Leaving Certificate, 1901
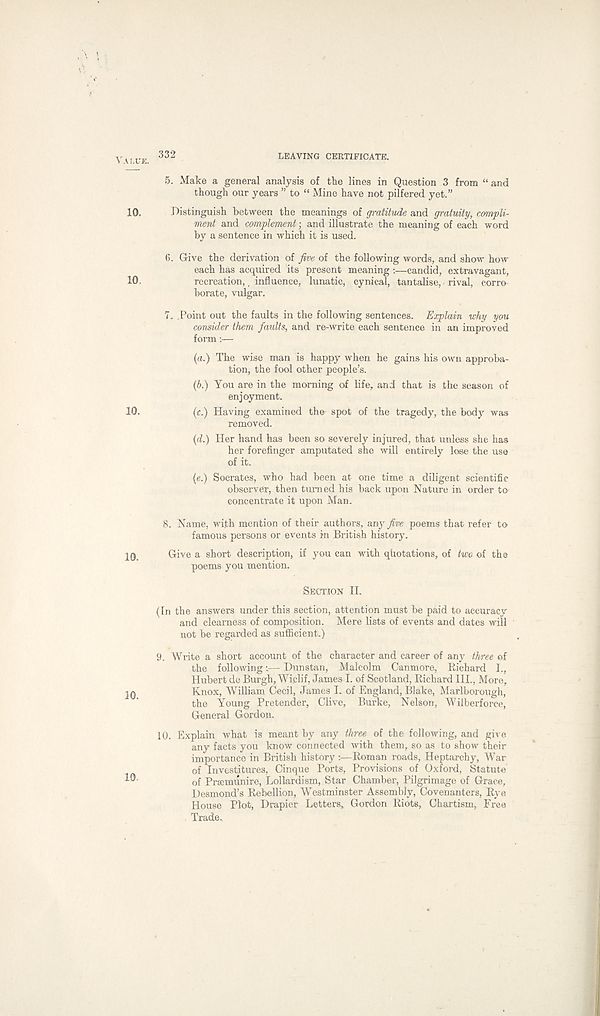
VA !;UE.
10.
10.
10,
10,
10.
10.
332
LEAVING CERTIFICATE.
5. Make a general analysis of the lines in Question 3 from “ and
though our years ” to “ Mine have not pilfered yet.”
Distinguish between the meanings of gratitude and gratuity, compli-
ment and complement; and illustrate the meaning of each word
by a sentence in which it is used.
6. (live the derivation of five of the following words, and show how
each has acquired its present meaning :—candid, extravagant,
recreation,, influence, lunatic, cynical, tantalise, rival, corro
borate, vulgar.
7. .Point out the faults in the following sentences. Explain why you
consider them faults, and re-write each sentence in an improved
form:—
{a.) The wise man is happy when he gains his own approba-
tion, the fool other people’s.
{b.) You are in the morning of life, and that is the season of
enjoyment.
(c.) Having examined the spot of the tragedy, the body was
removed.
(d.) Her hand has been so severely injured, that unless she has
her forefinger amputated she will entirely lose the use
of it.
(e.) Socrates, who had been at one time a diligent scientific
observer, then turned his back upon Nature in order to
concentrate it upon Man.
8. Name, with mention of their authors, any five poems that refer to
famous persons or events in British history.
Give a short description, if you can with quotations, of two of the
poems you mention.
SECTION II.
(In the answers under this section, attention must be paid to accuracy
and clearness of composition. Mere lists of events and dates will
not be regarded as sufficient.)
9. Write a short account of the character and career of any three of
the following-.— Dunstan, Malcolm Canmore, Richard I.,
Hubert de Burgh, Wi.clif, James I. of Scotland, Bichard III., More,
Knox, William Cecil, James I. of England, Blake, Marlborough,
the Young Pretender, Clive, Burke, Nelson, Wiiberforce,
General Gordon.
10. Explain what is meant by any three of the following, and give
any facts you know connected with them, so as to show their
importance in British history :—Roman roads, Heptarchy, War
of Investitures, Cinque Ports, Provisions of Oxford, Statute
of Praemunire, Lollardism, Star Chamber, Pilgrimage of Grace,
Desmond’s Rebellion, Westminster Assembly, Covenanters, Rye
House Plot, Drapier Letters, Gordon Riots, Chartism, Free
Trade,